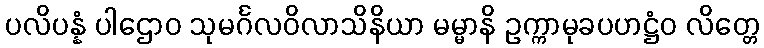
ပလိပန္နံ ပါဌောဝ သုမင်္ဂလဝိလာသိနိယာ မမ္မာနိ ဥက္ကာမုခပဟဋ္ဌံဝ လိတ္တေ